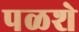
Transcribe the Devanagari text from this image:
पळशे